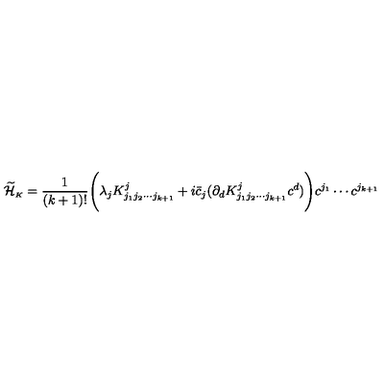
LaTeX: \displaystyle \widetilde { \cal H } _ { \scriptscriptstyle K } = \frac { 1 } { ( k + 1 ) ! } \Biggl ( \lambda _ { j } K _ { j _ { 1 } j _ { 2 } \cdots j _ { k + 1 } } ^ { j } + i \bar { c } _ { j } ( \partial _ { d } K _ { j _ { 1 } j _ { 2 } \cdots j _ { k + 1 } } ^ { j } c ^ { d } ) \Biggr ) c ^ { j _ { 1 } } \cdots c ^ { j _ { k + 1 } }